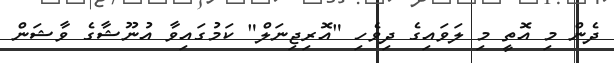
ދެން މި އޮތީ މި ލަވައިގެ ދިވެހި "އޮރިޖިނަލް" ކަމުގައިވާ އުނޫޝާގެ ވާޝަން